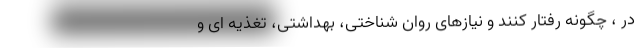
در ، چگونه رفتار کنند و نیازهای روان شناختی، بهداشتی، تغذیه ای و